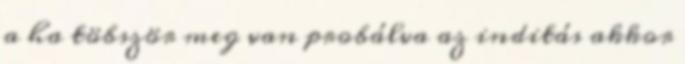
a ha töbször meg van probálva az inditás akkor